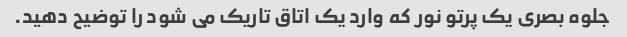
جلوه بصری یک پرتو نور که وارد یک اتاق تاریک می شود را توضیح دهید.